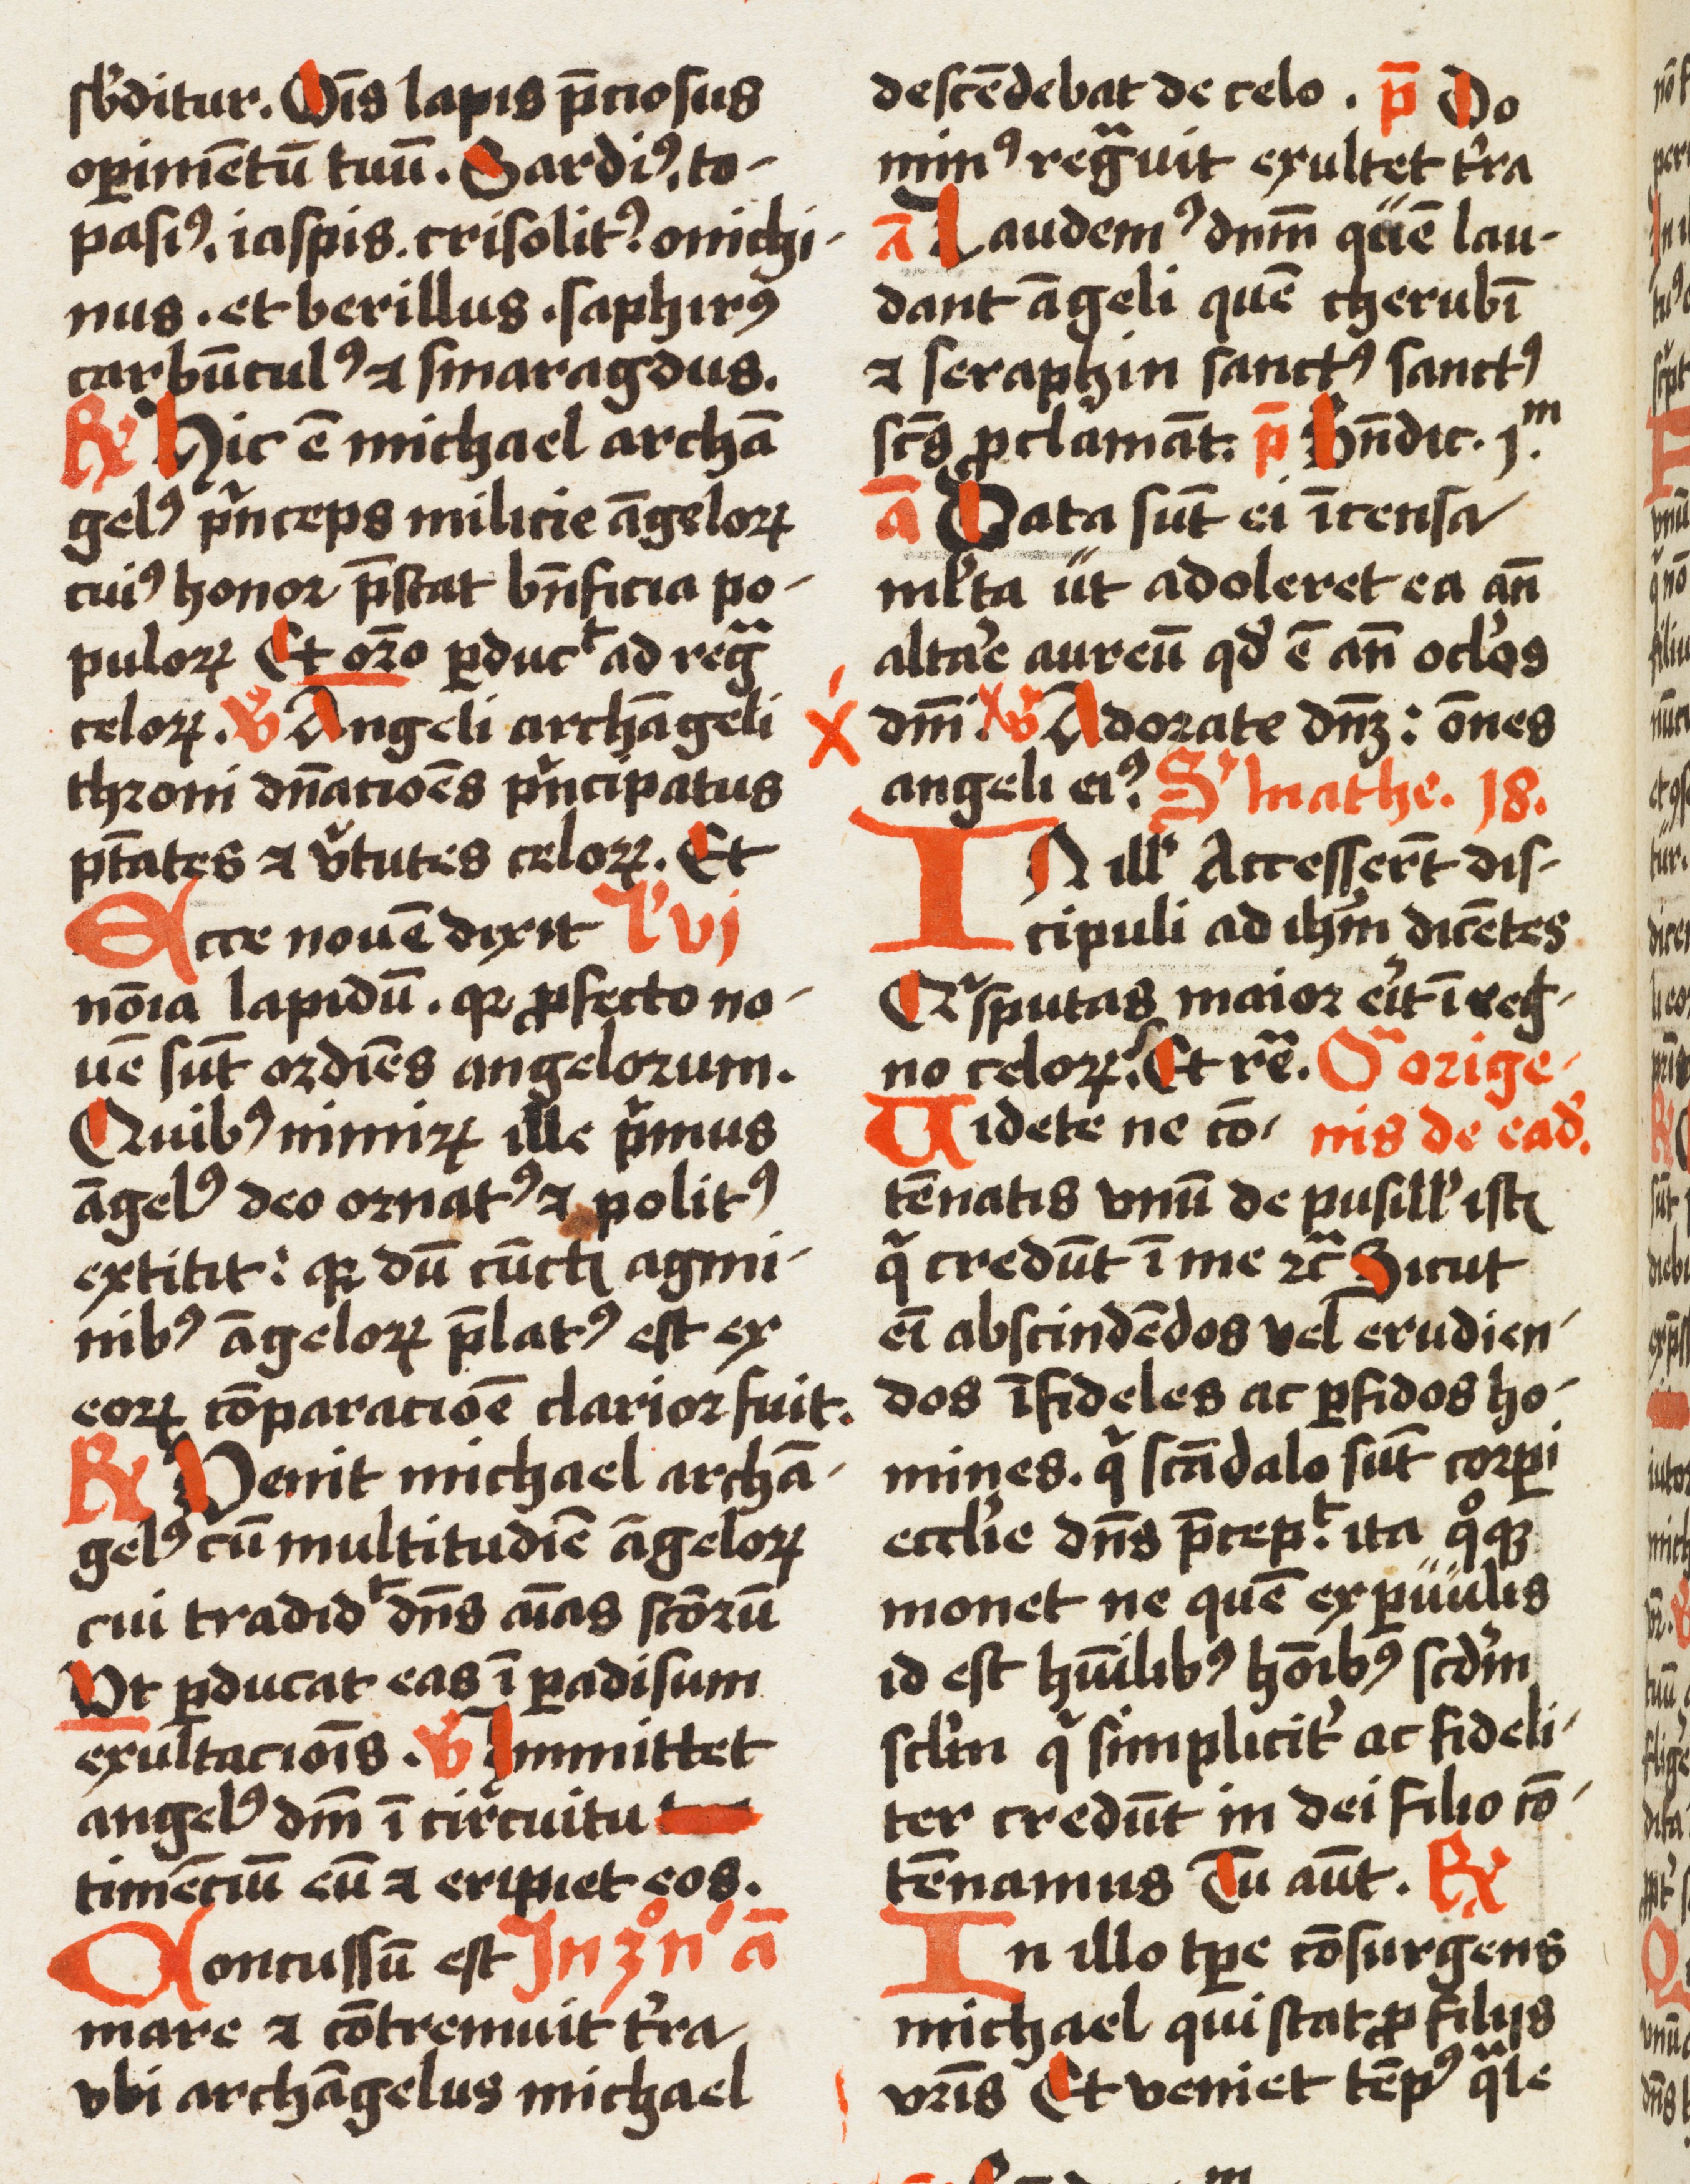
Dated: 1500–1524